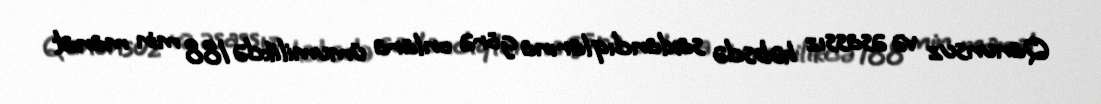
Qanunsuz və əsassız həbsdə saxlandıqlarına görə onlara ümumilikdə 188 min manat